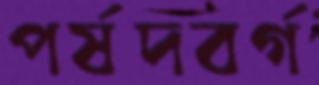
পর্ষদবর্গ